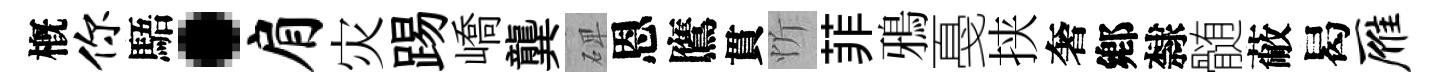
槪你䮏·肩灾踢嶠龔𥓓恩鷹貫忻菲鴉戞挟奢鄕隸髄蔽曷雁